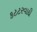
કટટરવાદી